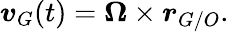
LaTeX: {\boldsymbol{v}}_{G}(t)={\boldsymbol{\Omega}}\times{\boldsymbol{r}}_{G/O}.